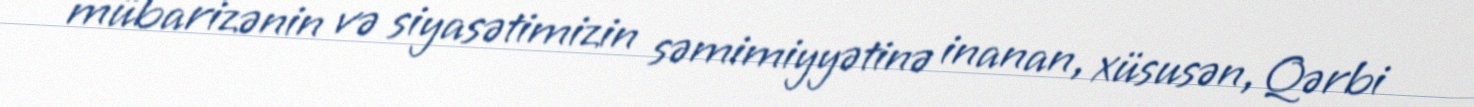
mübarizənin və siyasətimizin səmimiyyətinə inanan, xüsusən, Qərbi